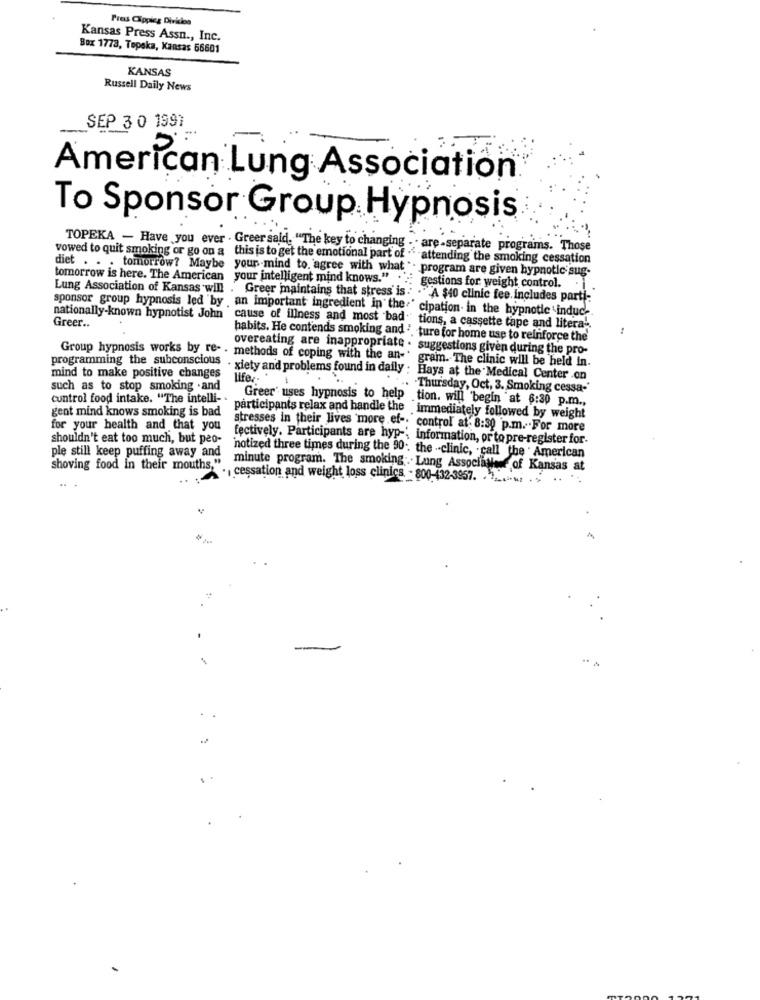
Pres Cappicg Division
Kansas Press Assn ., Inc.
Box 1773, Topeka, Kansas 66601
KANSAS
Russell Daily News
SEP 3 0 1991
-
American Lung Association
To Sponsor Group Hypnosis
TOPEKA - Have you ever . Greer said. "The key to changing
- are-separate programs. Those
vowed to quit smoking or go on a this is to get the emotional part of ."
"attending the smoking cessation
diet . . . tomorrow? Maybe your mind to. agree with what ". program are given hypnotic sug-
tomorrow is here. The American your intelligent mind knows." . ..:
Lung Association of Kansas will . Greer maintains that stress is.
gestions for weight control.
."A $40 clinic fee. Includes parti-
sponsor group hypnosis led by an important ingredient in the " c
cipation. in the hypnotic induc-
nationally-known hypnotist John cause of illness and most bad
Greer ..
tions, a cassette tape and litera -.
habits. He contends smoking and ', ture for home use to reinforce the
overeating are inappropriate . suggestions given during the pro-
programming the subconscious
Group hypnosis works by re- . methods of coping with the an- gram. The clinic will be held In.
mind to make positive changes
· xiety and problems found in daily : Hays at the Medical Center .on
lifer -
such as to stop smoking . and
Thursday, Oct, 3. Smoking cessa-
control food intake. "The intelli- .
Greer' uses hypnosis to help tion. will begin at 6:30 p.m .,
gent mind knows smoking is bad
participants relax and handle the immediately followed by weight
for your health and that you
stresses in their lives more ef- control at- 8:30 p.m.For more
shouldn't eat too much, but peo-
fectively. Participants are hyp-'; information, or to pre-register for.
ple still keep puffing away and
'notized three times during the 90. the .- clinic, . call the . American
shoving food in their mouths,"
"minute program. The smoking ... Lung Association of Kansas at
cessation and weight loss clinics - 800-432-3957. .
-